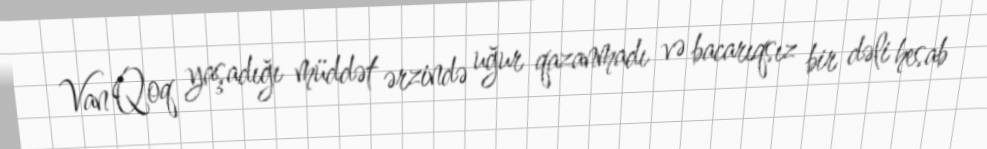
Van Qoq yaşadığı müddət ərzində uğur qazanmadı və bacarıqsız bir dəli hesab